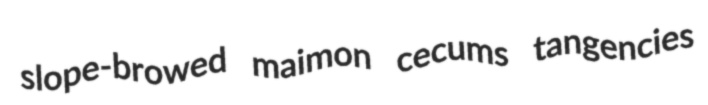
slope-browed maimon cecums tangencies